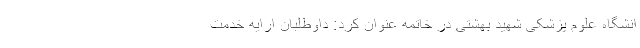
انشگاه علوم پزشکی شهید بهشتی در خاتمه عنوان کرد: داوطلبان ارایه خدمت